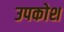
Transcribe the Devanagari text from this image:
उपकोश